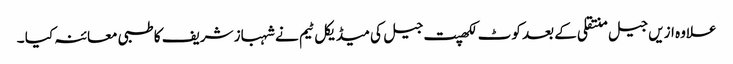
علاوہ ازیں جیل منتقلی کے بعد کوٹ لکھپت جیل کی میڈیکل ٹیم نے شہباز شریف کا طبی معائنہ کیا ۔